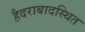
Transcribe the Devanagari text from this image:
हैदराबादस्थित